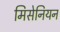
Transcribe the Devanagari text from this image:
मिसेनियन